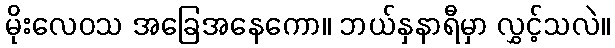
မိုးလေဝသ အခြေအနေကော။ ဘယ်နှနာရီမှာ လွှင့်သလဲ။